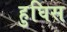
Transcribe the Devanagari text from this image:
हुघिस